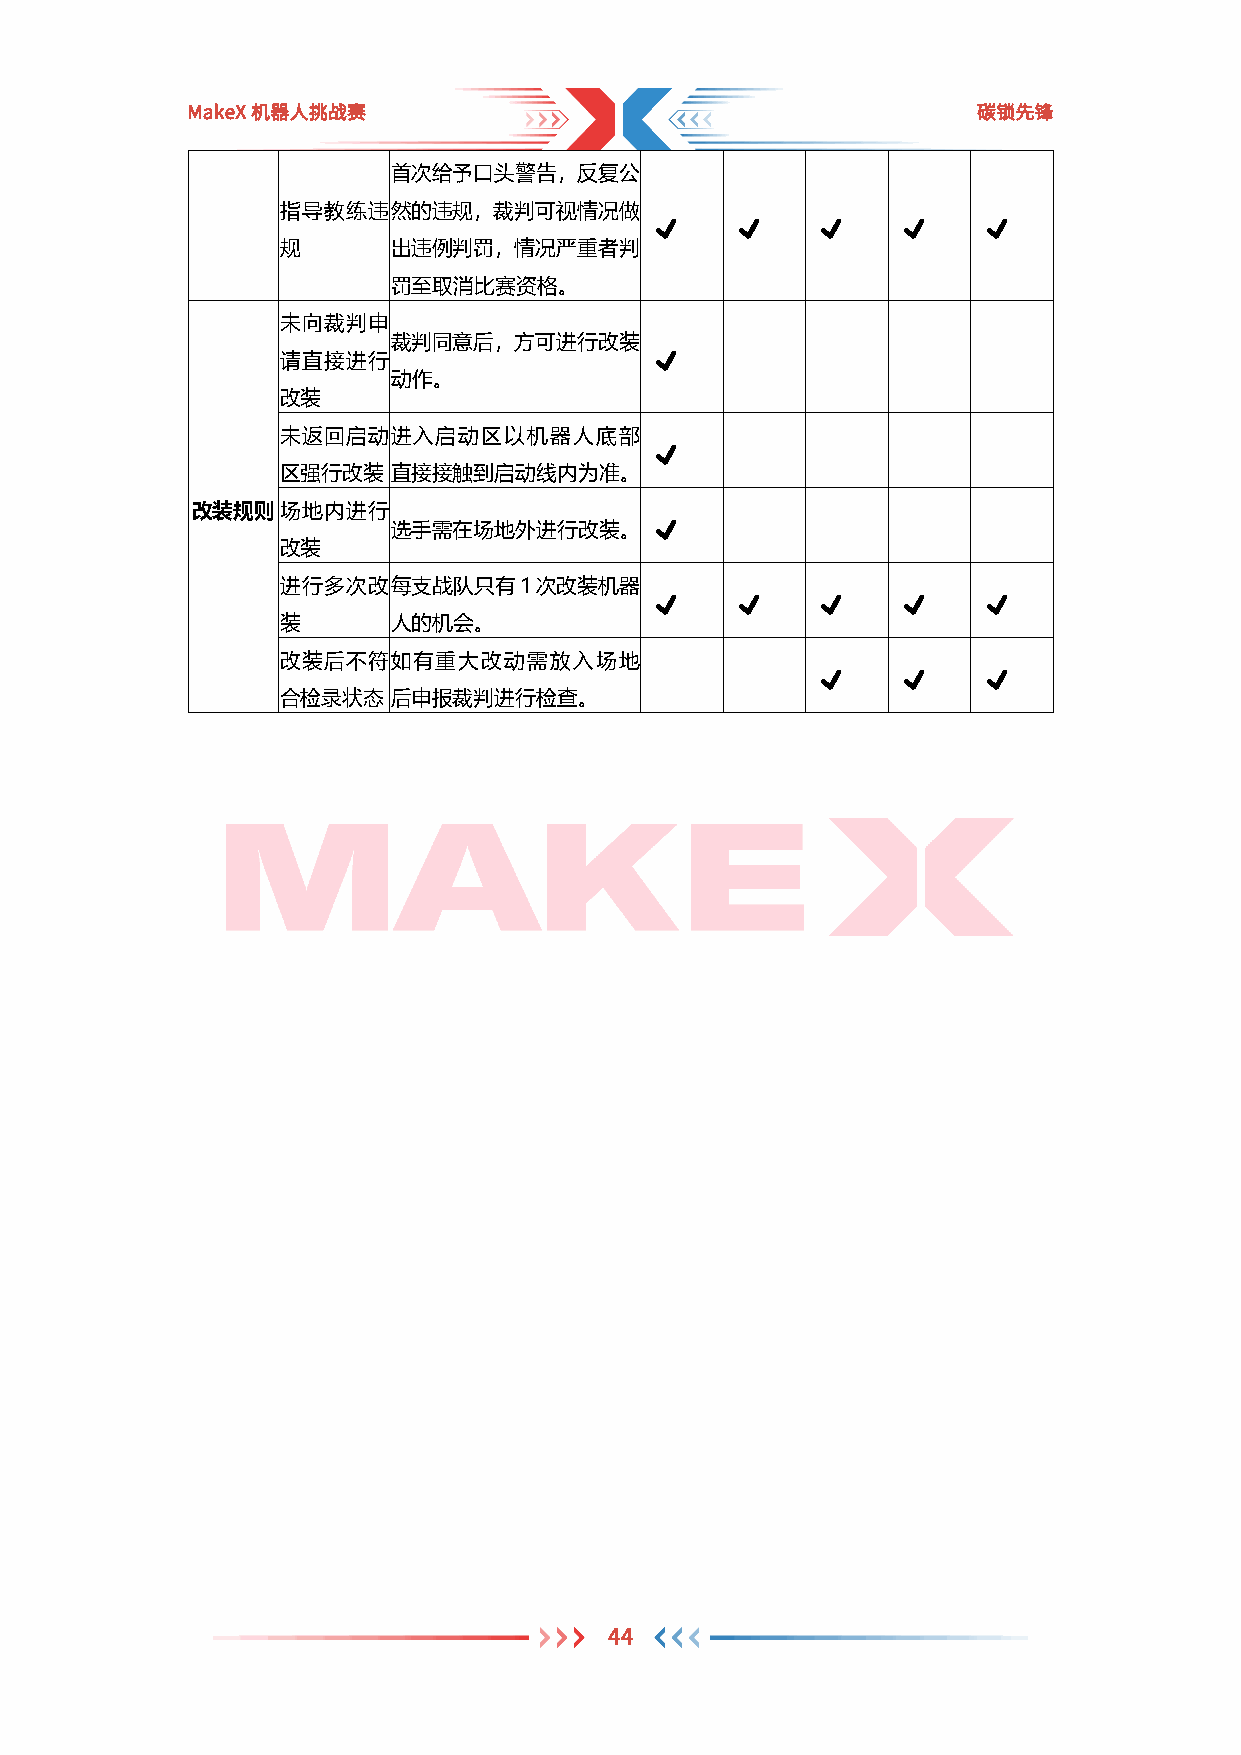
MakeX机器人挑战赛                                          碳锁先锋
 首次给予口头警告，反复公
 指导教练违然的违规，裁判可视情况做
 ✔     ✔    ✔     ✔    ✔
 规      出违例判罚，情况严重者判
 罚至取消比赛资格。
 未向裁判申
 裁判同意后，方可进行改装
 请直接进行                   ✔
 动作。
 改装
 未返回启动进入启动区以机器人底部
 ✔
 区强行改装  直 接接触到启动线内为准。
 改装规则  场地内进行
 选手需在场地外进行改装。     ✔
 改装
 进行多次改每支战队只有1次改装机器
 ✔     ✔    ✔     ✔    ✔
 装      人的机会。
 改装后不符如有重大改动需放入场地
 ✔     ✔    ✔
 合检录状态  后 申报裁判进行检查。
 44